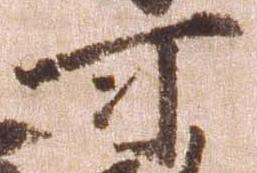
可